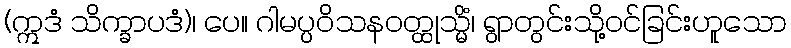
(ဣဒံ သိက္ခာပဒံ)၊ ပေ။ ဂါမပ္ပဝိသနဝတ္ထုသ္မိံ၊ ရွာတွင်းသို့ဝင်ခြင်းဟူသော